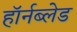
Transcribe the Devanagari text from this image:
हॉर्नब्लेड